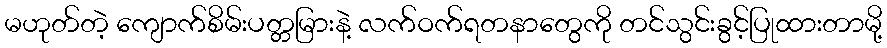
မဟုတ်တဲ့ ကျောက်စိမ်းပတ္တမြားနဲ့ လက်ဝက်ရတနာတွေကို တင်သွင်းခွင့်ပြုထားတာမို့